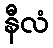
နီလံ